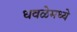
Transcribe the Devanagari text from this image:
धवळेमध्ये